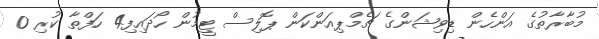
މުބާރާތުގެ އަންހެން ޑިވިޝަންގެ ޗެމްޕިއަންކަން ޕޮލިސް ޓީމުން ހޯދައިފި4 ހަފްތާ ކުރި 0